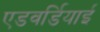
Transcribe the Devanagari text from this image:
एडवर्डियाई